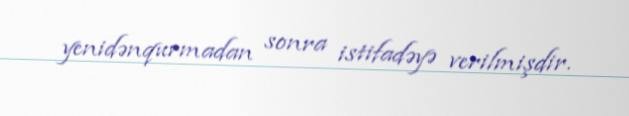
yenidənqurmadan sonra istifadəyə verilmişdir.